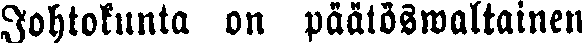
Johtokunta on päätöswaltainen